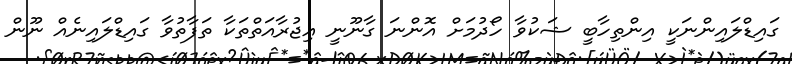
ގައިޑްލައިންނަކީ އިންތިހާބީ ޝަކުވާ ހޯދުމަށް އޮންނަ ގާނޫނީ އިޖުރާއަތްތަކާ ތަފާތުވާ ގައިޑްލައިނެއް ނޫން